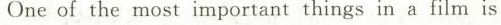
One of the most important things in a film is